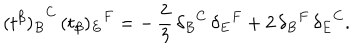
LaTeX: { ( t ^ { \beta } ) _ { B } } ^ { C } \, { ( t _ { \beta } ) _ { E } } ^ { F } = - \, \frac { 2 } { 3 } \, { \delta _ { B } } ^ { C } \, { \delta _ { E } } ^ { F } + 2 \, { \delta _ { B } } ^ { F } \, { \delta _ { E } } ^ { C } .